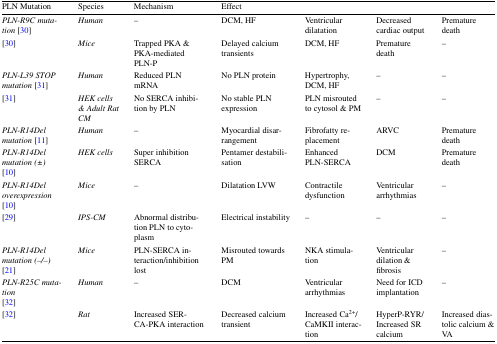
| PLN Mutation | Species | Mechanism | Effect |  |  |  |
 | --- | --- | --- | --- | --- | --- | --- |
 | PLN-R9C mutation [30] | Human | – | DCM, HF | Ventricular dilatation | Decreased cardiac output | Premature death |
 | [30] | Mice | Trapped PKA & PKA-mediated PLN-P | Delayed calcium transients | DCM, HF | Premature death | – |
 | PLN-L39 STOP mutation [31] | Human | Reduced PLN mRNA | No PLN protein | Hypertrophy, DCM, HF | – | – |
 | [31] | HEK cells & Adult Rat CM | No SERCA inhibition by PLN | No stable PLN expression | PLN misrouted to cytosol & PM | – | – |
 | PLN-R14Del mutation [11] | Human | – | Myocardial disarrangement | Fibrofatty replacement | ARVC | Premature death |
 | PLN-R14Del mutation (±)[10] | HEK cells | Super inhibition SERCA | Pentamer destabilisation | Enhanced PLN-SERCA | DCM | Premature death |
 | PLN-R14Del overexpression [10] | Mice | – | Dilatation LVW | Contractile dysfunction | Ventricular arrhythmias | – |
 | [29] | IPS-CM | Abnormal distribution PLN to cytoplasm | Electrical instability | – | – | – |
 | PLN-R14Del mutation (−/−)[21] | Mice | PLN-SERCA interaction/inhibition lost | Misrouted towards PM | NKA stimulation | Ventricular dilation & fibrosis | – |
 | PLN-R25C mutation[32] | Human | – | DCM | Ventricular arrhythmias | Need for ICD implantation | – |
 | [32] | Rat | Increased SERCA-PKA interaction | Decreased calcium transient | Increased Ca2+/CaMKII interaction | HyperP-RYR/Increased SR calcium | Increased diastolic calcium & VA |